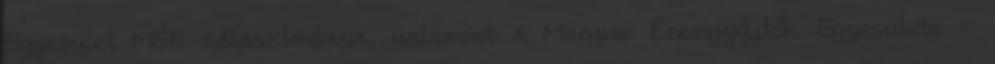
Egyesület MÉE választmánya, valamint a Magyar Éremgyűjtők Egyesülete -